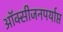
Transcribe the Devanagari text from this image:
ऑक्सीजनपर्याप्त